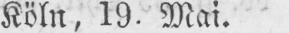
Köln, 19. Mai.